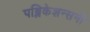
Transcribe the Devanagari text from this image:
पब्लिकेशन्सनी